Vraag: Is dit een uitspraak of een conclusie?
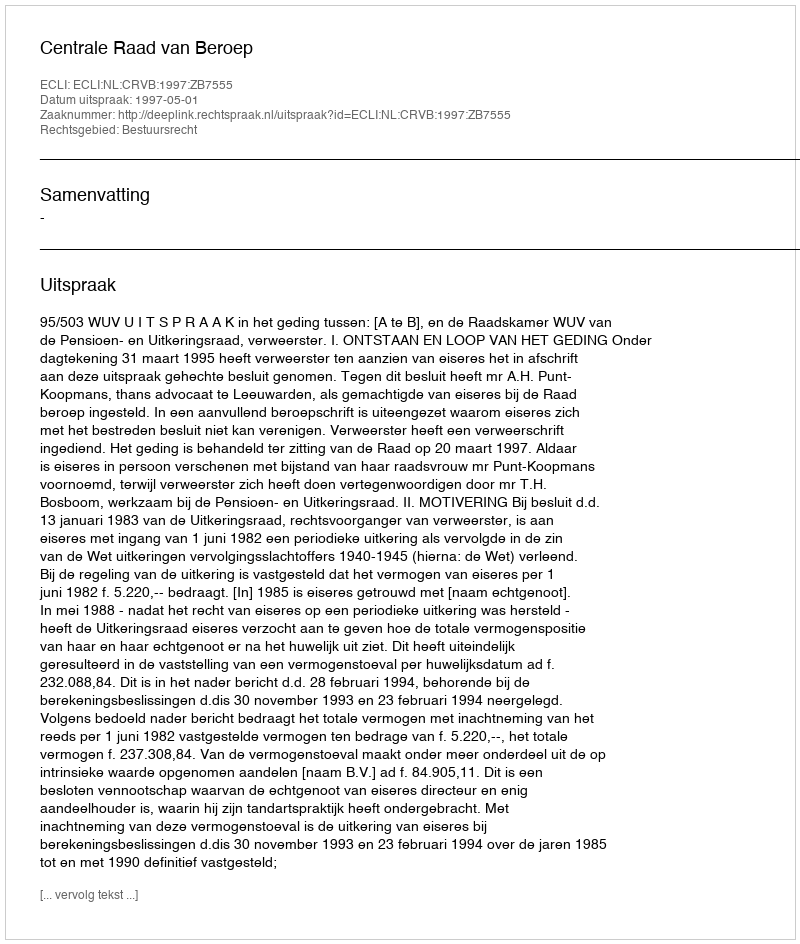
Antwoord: Uitspraak